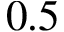
0 . 5